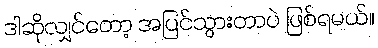
ဒါဆိုလျှင်တော့ အပြင်သွားတာပဲ ဖြစ်ရမယ်။